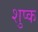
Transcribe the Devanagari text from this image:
शुप्क